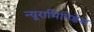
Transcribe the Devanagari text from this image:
न्यूरामिनिडेस